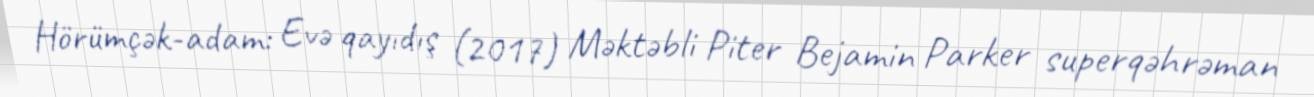
Hörümçək-adam: Evə qayıdış (2017) Məktəbli Piter Bejamin Parker superqəhrəman